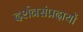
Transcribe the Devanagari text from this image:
दर्शनसंप्रदायों